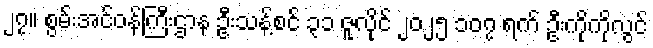
၂၇။ စွမ်းအင်ဝန်ကြီးဌာန ဦးသန့်စင် ၃၁ ဇူလိုင် ၂၀၂၅ ၁၀၇ ရက် ဦးကိုကိုလွင်